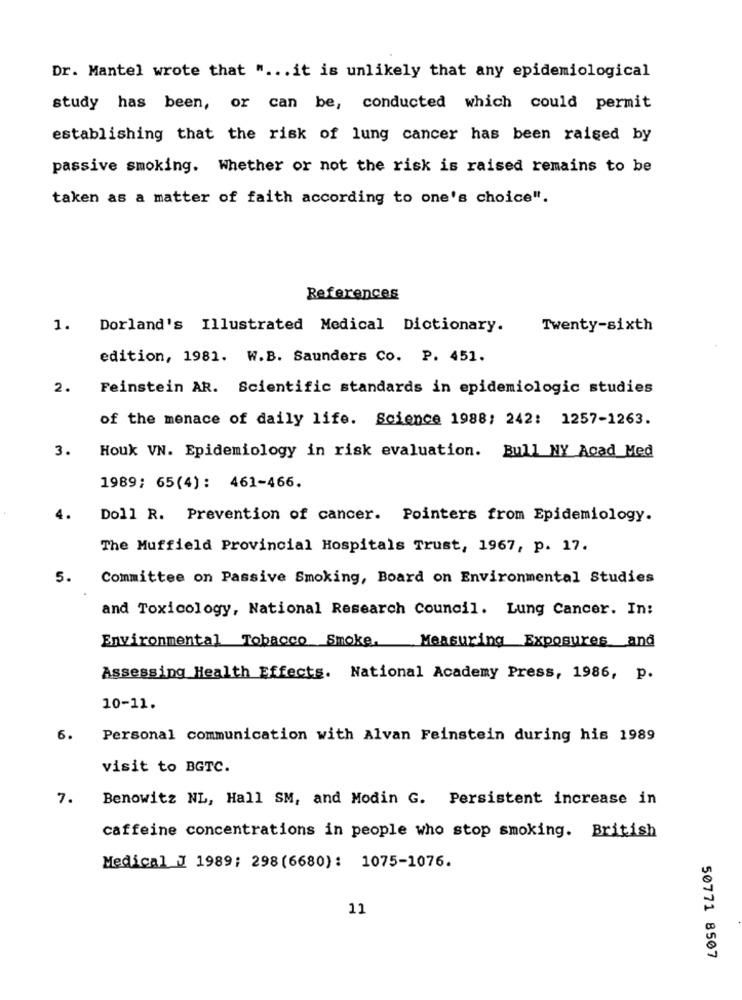
Dr. Mantel wrote that " ... it is unlikely that any epidemiological
study has been, or can be, conducted which could permit
establishing that the risk of lung cancer has been raised by
passive smoking. Whether or not the risk is raised remains to be
taken as a matter of faith according to one's choice".
References
1.
Dorland's Illustrated Medical Dictionary.
Twenty-sixth
edition, 1981. W.B. Saunders Co. P. 451.
2.
Feinstein AR. Scientific standards in epidemiologic studies
of the menace of daily life. Science 1988: 242: 1257-1263.
3.
Houk VN. Epidemiology in risk evaluation. Bull NY Acad Med
1989; 65(4): 461-466.
4.
Doll R. Prevention of cancer. Pointers from Epidemiology.
The Muffield Provincial Hospitals Trust, 1967, p. 17.
5.
Committee on Passive Smoking, Board on Environmental Studies
and Toxicology, National Research Council. Lung Cancer. In:
Environmental Tobacco Smoke.
Measuring Exposures and
Assessing Health Effects. National Academy Press, 1986, p.
10-11.
6.
Personal communication with Alvan Feinstein during his 1989
visit to BGTC.
7.
Benowitz NL, Hall SM, and Modin G. Persistent increase in
caffeine concentrations in people who stop smoking. British
Medical J 1989; 298(6680): 1075-1076.
11
50771 8507